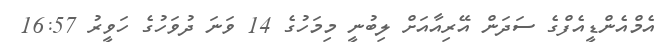
އެމްއެންޑީއެފްގެ ސަދަން އޭރިއާއަށް ލިބުނީ މިމަހުގެ 14 ވަނަ ދުވަހުގެ ހަވީރު 16:57